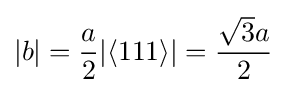
|b|={\frac {a}{2}}|\langle 111\rangle |={\frac {{\sqrt {3}}a}{2}}